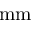
\mathrm { m m }